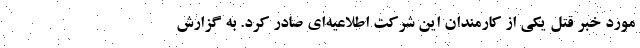
مورد خبر قتل یکی از کارمندان این شرکت اطلاعیه‌ای صادر کرد. به گزارش